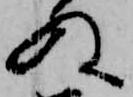
ぬ